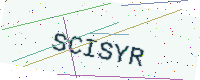
Text: SCISYR